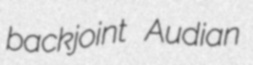
backjoint Audian